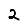
Digit: 2